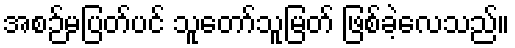
အစဉ်မပြတ်ပင် သူတော်သူမြတ် ဖြစ်ခဲ့လေသည်။